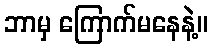
ဘာမှ ကြောက်မနေနဲ့။